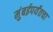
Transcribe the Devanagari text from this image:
मुंबईपर्यंतचा